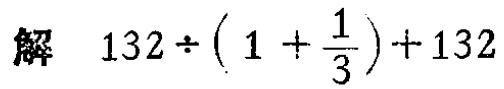
解 \(132\div\left(1 + \frac{1}{3}\right)+132\)